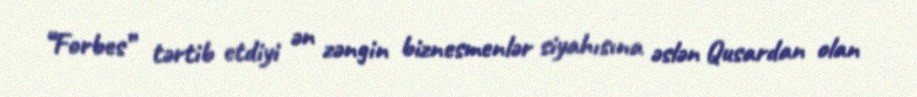
“Forbes” tərtib etdiyi ən zəngin biznesmenlər siyahısına əslən Qusardan olan